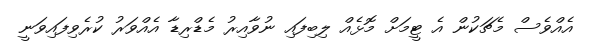
އެއްވެސް މެޗަކުން އެ ޓީމަށް މޮޅެއް ލިބިފައި ނުވާއިރު މެޑްރިޑާ އެއްވަރު ކުރެވިފައިވަނީ